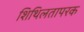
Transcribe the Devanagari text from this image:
शिथिलतापरक